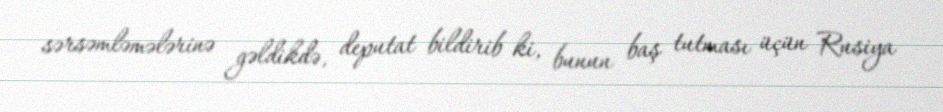
sərsəmləmələrinə gəldikdə, deputat bildirib ki, bunun baş tutması üçün Rusiya